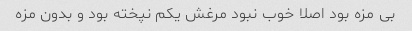
بی مزه بود اصلا خوب نبود مرغش یکم نپخته بود و بدون مزه